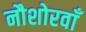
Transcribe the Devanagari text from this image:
नौशोरवाँ